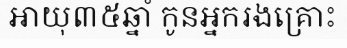
អាយុ៣៥ឆ្នាំ កូនអ្នករងគ្រោះ